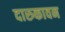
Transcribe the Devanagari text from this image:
दारुकावन